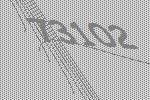
73102